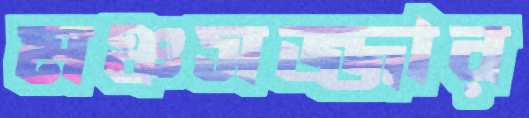
মঞ্চসজ্জার